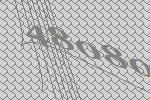
48080